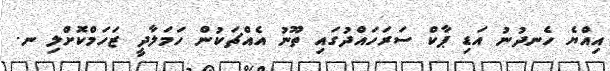
އިއްޔެ ހެނދުނު އަޑި ޕާކް ސަރަހައްދުގައި ތޫނު އެއްޗަކުން ހަމަލާދީ ޒަހަމްކޮށްލި ނ.